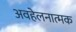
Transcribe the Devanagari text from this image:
अवहेलनात्मक